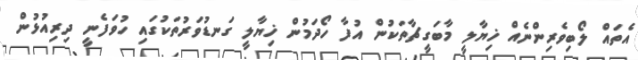
އެތައް ލޯބިވެރިންނެއް ޚިޔާލީ މާބަގީޗާތަކުން އުފާ ހޯދަމުން ޚިޔާލީ ގަނޑުވަރުތަކުގައި ހުވަފެނީ ދިރިއުޅުން